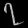
Digit: ၇